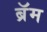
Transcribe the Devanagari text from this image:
ब्रॅम